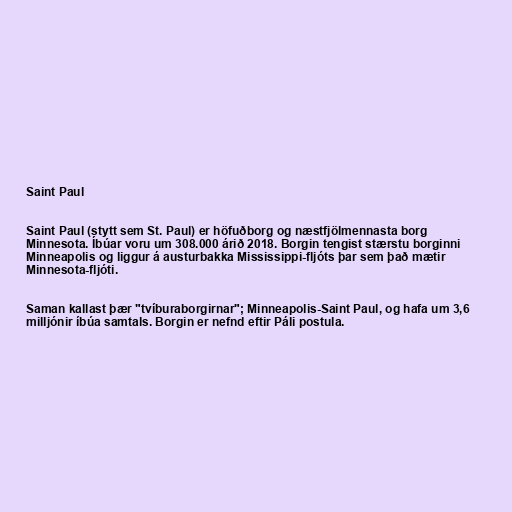
Saint Paul

Saint Paul (stytt sem St. Paul) er höfuðborg og næstfjölmennasta borg
Minnesota. Íbúar voru um 308.000 árið 2018. Borgin tengist stærstu borginni
Minneapolis og liggur á austurbakka Mississippi-fljóts þar sem það mætir
Minnesota-fljóti.

Saman kallast þær "tvíburaborgirnar"; Minneapolis-Saint Paul, og hafa um 3,6
milljónir íbúa samtals. Borgin er nefnd eftir Páli postula.